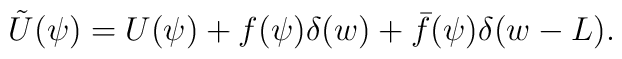
\tilde{U}(\psi) = U(\psi) + f(\psi)        \delta(w)+\bar{f}(\psi)\delta(w-L).